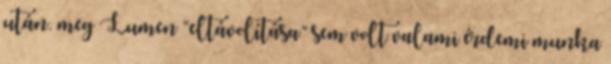
után. meg Lumen “eltávolítása” sem volt valami érdemi munka